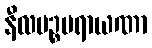
နီလမဉ္စပရာယဏာ